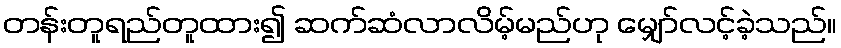
တန်းတူရည်တူထား၍ ဆက်ဆံလာလိမ့်မည်ဟု မျှော်လင့်ခဲ့သည်။